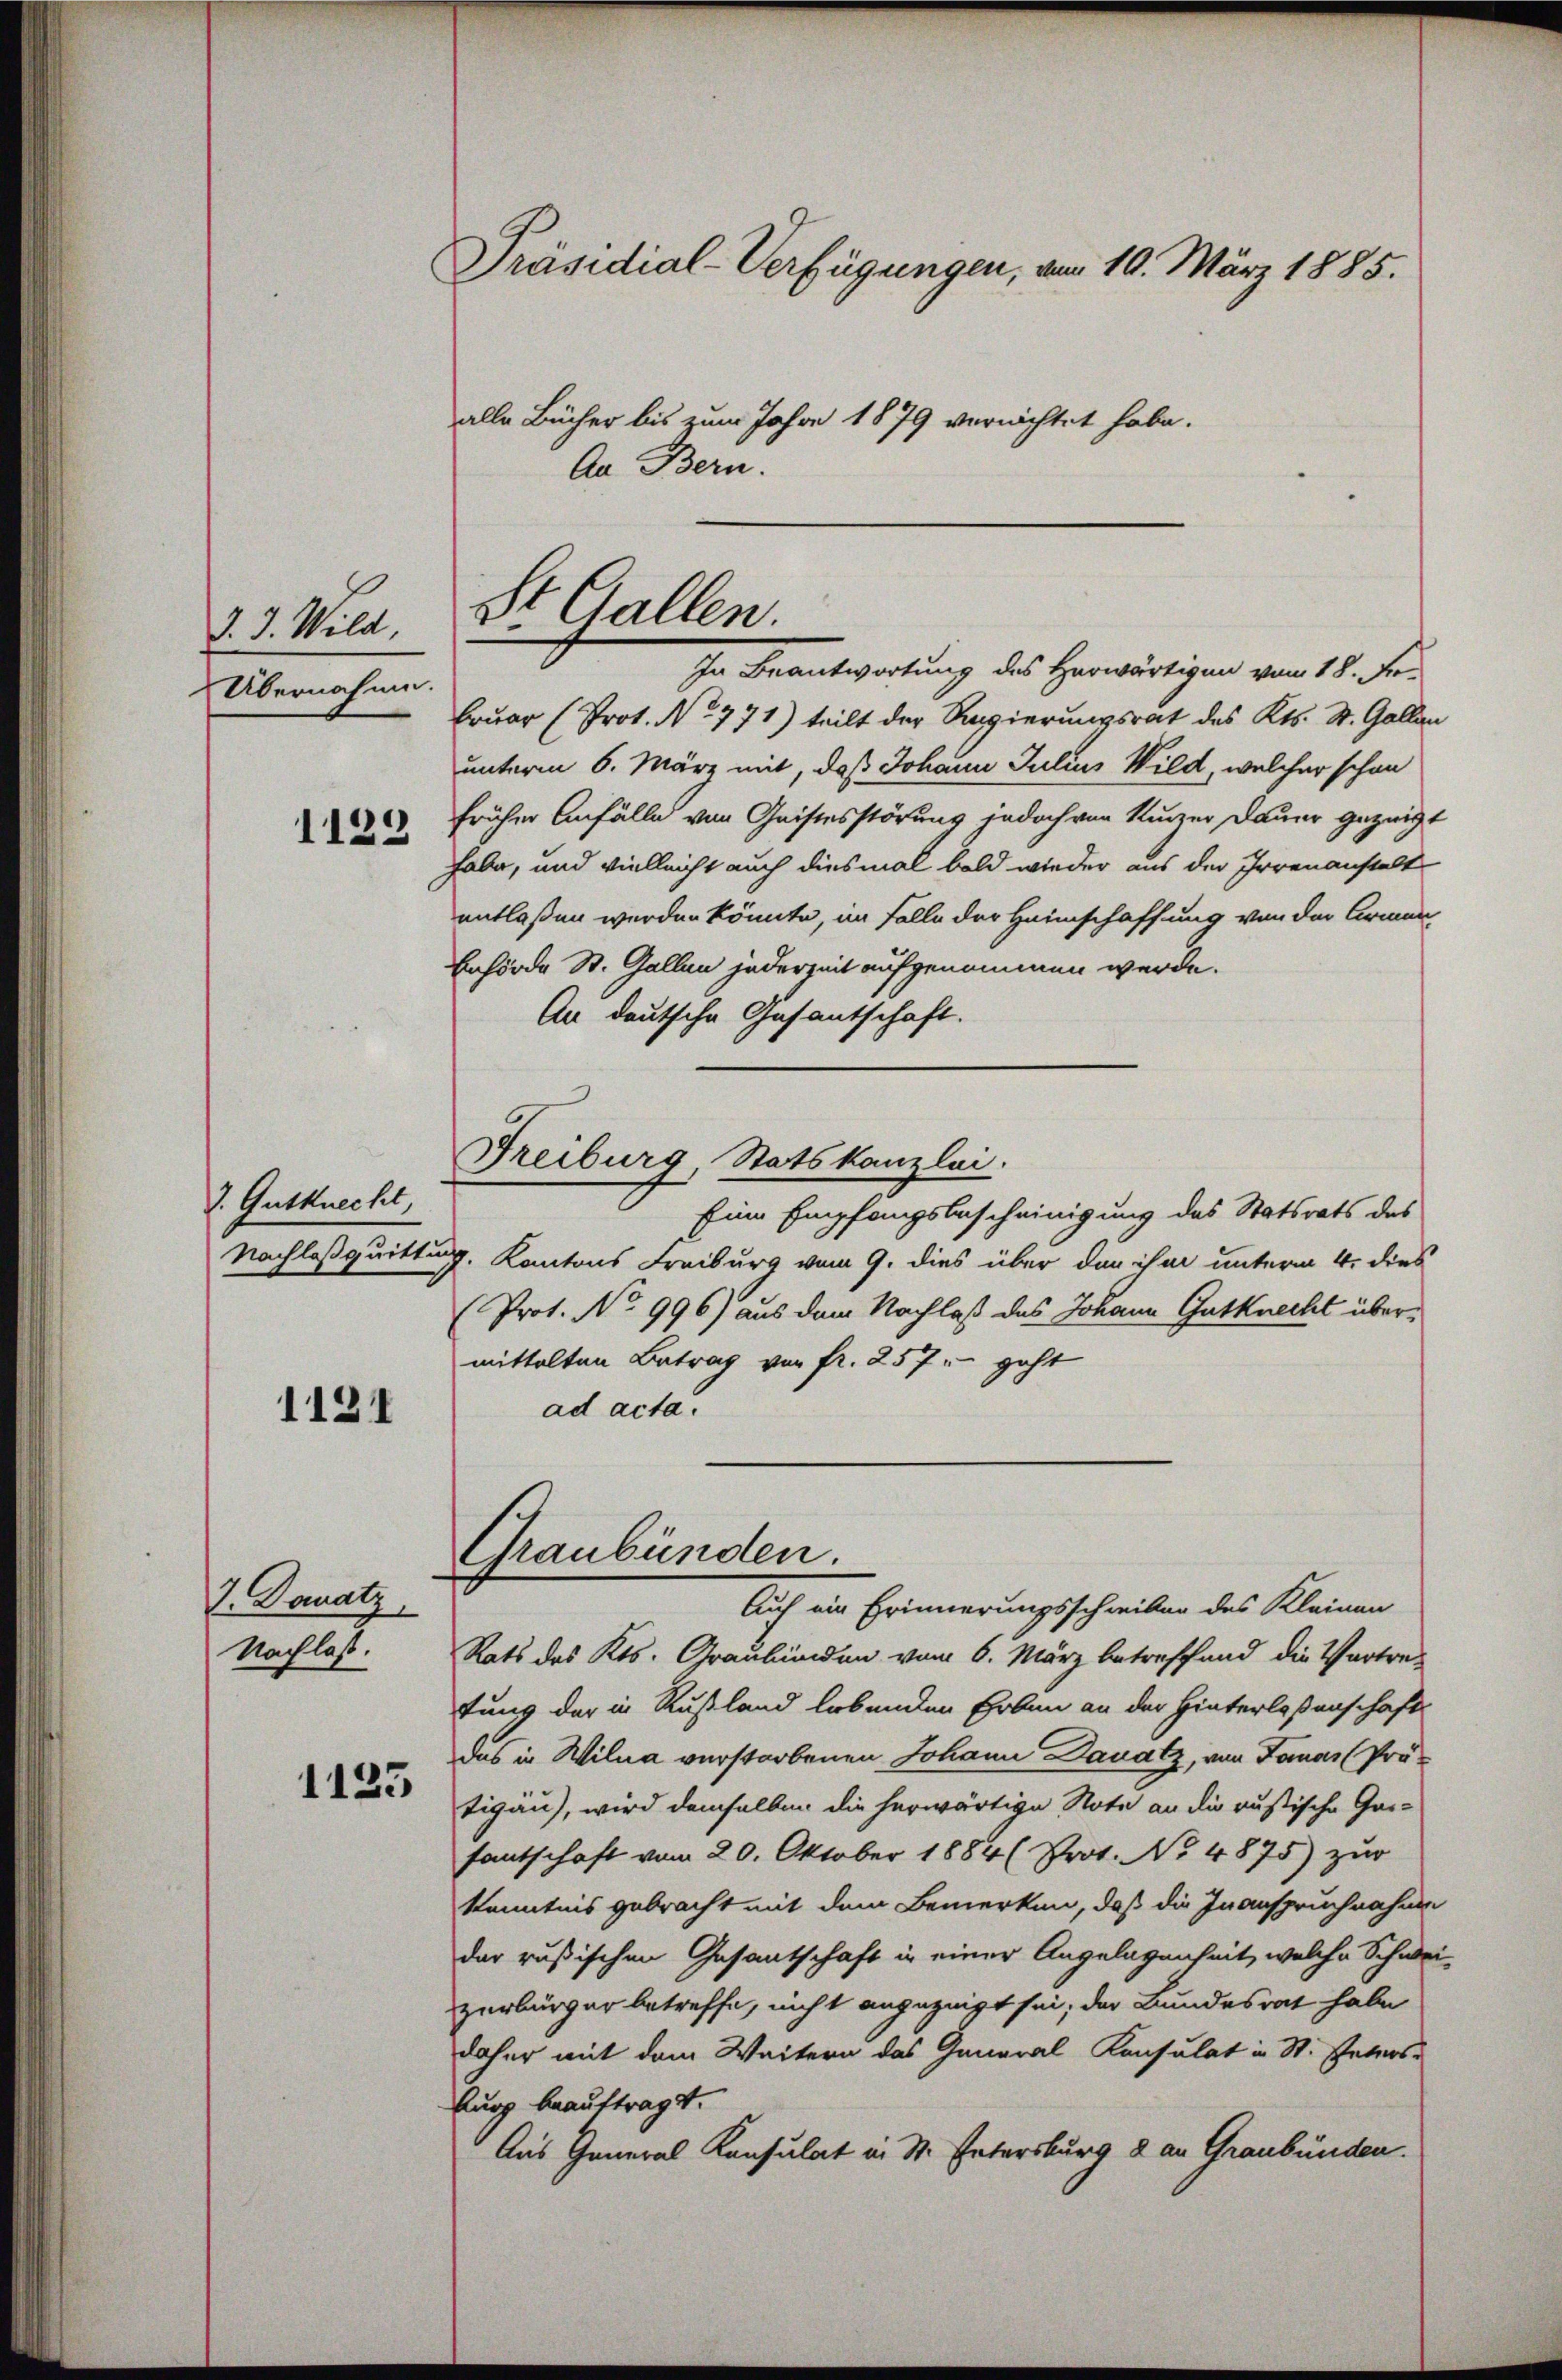
d. J. Wild.
Übernahme.
1129

J. Gutknecht,

1121

J. Donatz
Nachlass.

Präsidial-Verfügungen, vom 10. März 1885.
alle Bücher bis zum Jahre 1879 vernichtet habe.
Aa Bern.

1125

St. Gallen.
In Beantwortung des Herwärtigen von 18. Fe

bruar (Prot. No 771) teilt der Regierungsrat des Kts. St. Gallen
unterm 6. März mit, daß Johann Julius Wild, welcher schon
früher Anfälle von Geistesstörung jedoch von Kurzer Dauer gezeigt
habe, und vielleicht auch diesmal bald wieder aus der Irrenanstalt
entlaßen werden könnte, im Falle der Heimschaffung von der Armen,
Behörde St. Gallen jederzeit aufgenommen werde.
An deutsche Gesantschaft.
Freiburg, Statskanzlei.
Eine Empfangsbescheinigung des Statsrats des
Nachlasquittung, Kantons Freiburg vom 9. dies über den ihm unterm 4. dies
(Prof. No 996) aus dem Nachlaß das Johann Gutknecht übermittelten Betrag von fr. 257 - geht
ad acta.

Graubünden.
Auch ein Erinnerungsschreiber des Kleinen

Rats des Kts. Graubünden vom 6. März betreffend die Vortre-
tung der in Rußland lebenden Erben an der Hinterlosenschaft
das in Willa verstorbenen Johann Danatz, von Jonas (Protigau), wird demselben die herwärtige Note an die russische Gar-
fantschaft vom 20. Oktober 1884 (Prot. No 4875) zur
Kenntnis gebracht mit dem Bemerken, daß die Inanspruchnahme
der russischen Gesantschaft in einer Angelagenheit, welche Schweizerbürger betreffe, nicht angezeigt sei; der Bundesrat habe
daher mit dem Weitern das General Konsulat in St. Petersburg beauftragt.
Aus General Konsulat in St. Entersburg & an Graubünden.